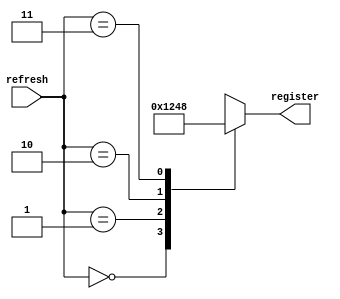
`timescale 1ns / 1ps
//////////////////////////////////////////////////////////////////////////////////
// Company: 
// Engineer: 
// 
// Design Name: 
// Module Name: two_four_decoder
// Project Name: 
// Target Devices: 
// Tool Versions: 
// Description: 
// 
// Dependencies: 
// 
// Revision:
// Revision 0.01 - File Created
// Additional Comments:
// 
//////////////////////////////////////////////////////////////////////////////////


module two_four_decoder(input [1:0] refresh, output reg [3:0] register);
    
    always@(refresh)
    begin
        case(refresh)
            2'b00: register = 4'b0001;
            2'b01: register = 4'b0010;
            2'b10: register = 4'b0100;
            2'b11: register = 4'b1000;
        endcase
    end
    
endmodule